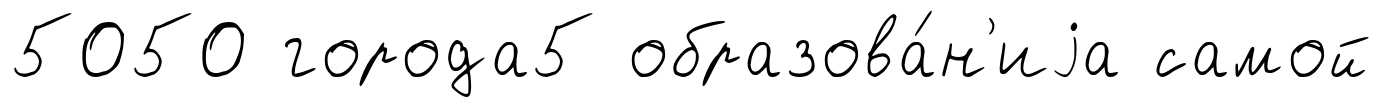
5050 города5 образова́н'иjа самой